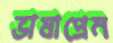
ভাষাপ্রেম